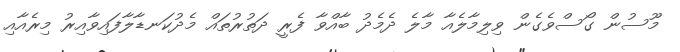
މޫސުން ގޯސްވެގެން ވިލިމާލެއާ މާލެ ދެމެދު ބާއްވާ ފެރީ ދަތުރުތައް މެދުކަނޑާލާފައިވާއިރު މިރެއާއި